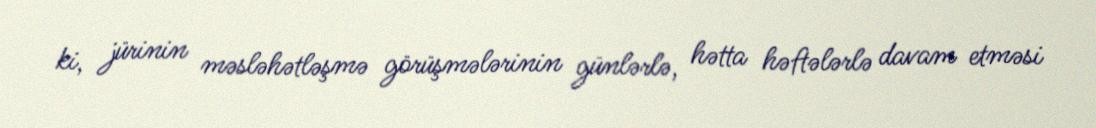
ki, jürinin məsləhətləşmə görüşmələrinin günlərlə, hətta həftələrlə davam etməsi